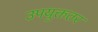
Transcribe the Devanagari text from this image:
उपयुक्ततर